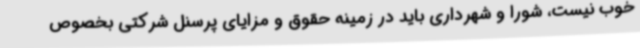
خوب نیست، شورا و شهرداری باید در زمینه حقوق و مزایای پرسنل شرکتی بخصوص